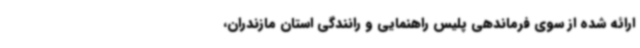
ارائه شده از سوی فرماندهی پلیس راهنمایی و رانندگی استان مازندران،